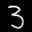
Label: 3